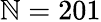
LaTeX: \mathbb{N}=201